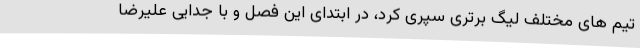
تیم های مختلف لیگ برتری سپری کرد، در ابتدای این فصل و با جدایی علیرضا